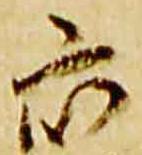
衆